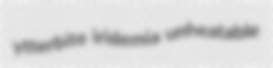
ytterbite iridemia unheatable